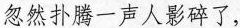
忽然扑腾一声人影碎了，